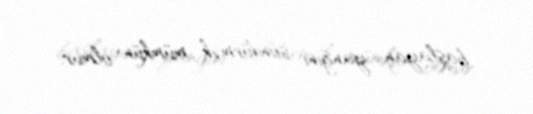
başlayan yanğını söndürmək mümkün olmur.